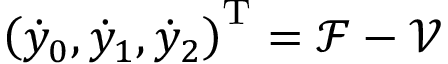
\left( \dot { y } _ { 0 } , \dot { y } _ { 1 } , \dot { y } _ { 2 } \right) ^ { \mathrm { T } } = \mathcal { F } - \mathcal { V }